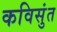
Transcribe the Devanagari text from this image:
कविसुंत